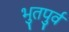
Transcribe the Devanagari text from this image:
भुतपुर्व